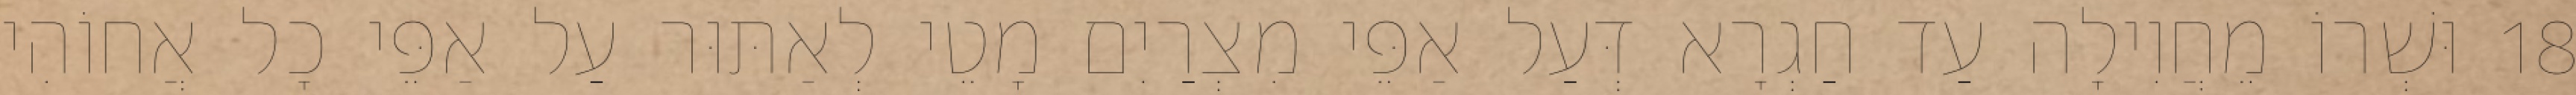
18 וּשְׁרוֹ מֵחֲוִילָה עַד חַגְרָא דְּעַל אַפֵּי מִצְרַיִם מָטֵי לְאַתּוּר עַל אַפֵּי כָל אֲחוֹהִי